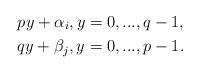
LaTeX: \begin{align*} &py+\alpha_i, y=0,...,q-1,\\ &qy+\beta_j, y=0,...,p-1. \end{align*}